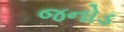
જનોડ